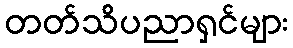
တတ်သိပညာရှင်များ